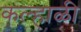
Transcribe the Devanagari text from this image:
कल्हाळी